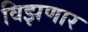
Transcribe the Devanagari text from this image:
विझणार